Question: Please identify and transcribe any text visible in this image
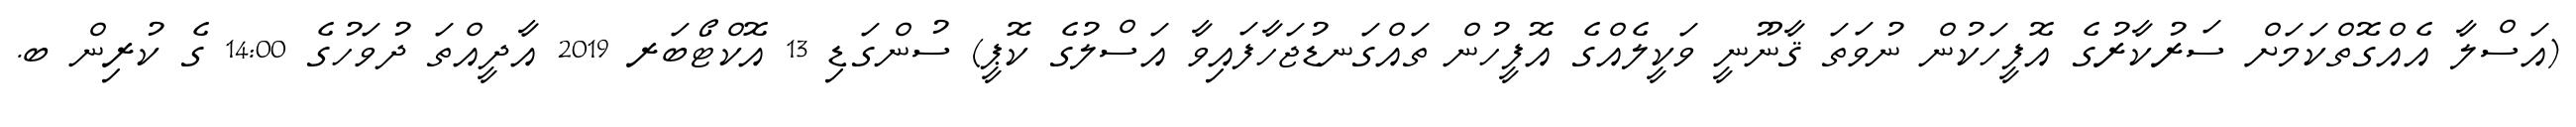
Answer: (އަސްލާ އެއްގޮތްކަމަށް ސަރުކާރުގެ އޮފީހަކުން ނުވަތަ ޤާނޫނީ ވަކީލެއްގެ އޮފީހުން ތައްގަނޑުޖަހާފައިވާ އަސްލުގެ ކޮޕީ) ސުންގަޑި 13 އޮކްޓޯބަރ 2019 އާދީއްތަ ދުވަހުގެ 14:00 ގެ ކުރިން ބ.